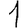
Digit: 1